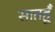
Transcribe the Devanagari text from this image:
सातहूँ